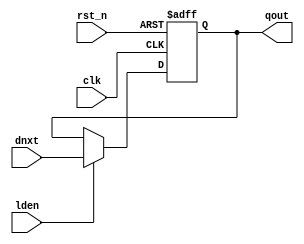
/*                                                                      
 Copyright 2018-2020 Nuclei System Technology, Inc.                
                                                                         
 Licensed under the Apache License, Version 2.0 (the "License");         
 you may not use this file except in compliance with the License.        
 You may obtain a copy of the License at                                 
                                                                         
     http://www.apache.org/licenses/LICENSE-2.0                          
                                                                         
  Unless required by applicable law or agreed to in writing, software    
 distributed under the License is distributed on an "AS IS" BASIS,       
 WITHOUT WARRANTIES OR CONDITIONS OF ANY KIND, either express or implied.
 See the License for the specific language governing permissions and     
 limitations under the License.                                          
 */                                                                      

module sirv_gnrl_dfflrs # (
  parameter DW = 32
) (

  input               lden, 
  input      [DW-1:0] dnxt,
  output     [DW-1:0] qout,

  input               clk,
  input               rst_n
);

reg [DW-1:0] qout_r;

always @(posedge clk or negedge rst_n)
begin : DFFLRS_PROC
  if (rst_n == 1'b0)
    qout_r <= {DW{1'b1}};
  else if (lden == 1'b1)
    qout_r <= #1 dnxt;
end

assign qout = qout_r;

endmodule
// ===========================================================================
//
// Description:
//  Verilog module sirv_gnrl DFF with Load-enable and Reset
//  Default reset value is 0
//
// ===========================================================================

module sirv_gnrl_dfflr # (
  parameter DW = 32
) (

  input               lden, 
  input      [DW-1:0] dnxt,
  output     [DW-1:0] qout,

  input               clk,
  input               rst_n
);

reg [DW-1:0] qout_r;

always @(posedge clk or negedge rst_n)
begin : DFFLR_PROC
  if (rst_n == 1'b0)
    qout_r <= {DW{1'b0}};
  else if (lden == 1'b1)
    qout_r <= #1 dnxt;
end

assign qout = qout_r;

endmodule
// ===========================================================================
//
// Description:
//  Verilog module sirv_gnrl DFF with Load-enable, no reset 
//
// ===========================================================================

module sirv_gnrl_dffl # (
  parameter DW = 32
) (

  input               lden, 
  input      [DW-1:0] dnxt,
  output     [DW-1:0] qout,

  input               clk 
);

reg [DW-1:0] qout_r;

always @(posedge clk)
begin : DFFL_PROC
  if (lden == 1'b1)
    qout_r <= #1 dnxt;
end

assign qout = qout_r;
    

endmodule
// ===========================================================================
//
// Description:
//  Verilog module sirv_gnrl DFF with Reset, no load-enable
//  Default reset value is 1
//
// ===========================================================================

module sirv_gnrl_dffrs # (
  parameter DW = 32
) (

  input      [DW-1:0] dnxt,
  output     [DW-1:0] qout,

  input               clk,
  input               rst_n
);

reg [DW-1:0] qout_r;

always @(posedge clk or negedge rst_n)
begin : DFFRS_PROC
  if (rst_n == 1'b0)
    qout_r <= {DW{1'b1}};
  else                  
    qout_r <= #1 dnxt;
end

assign qout = qout_r;

endmodule
// ===========================================================================
//
// Description:
//  Verilog module sirv_gnrl DFF with Reset, no load-enable
//  Default reset value is 0
//
// ===========================================================================

module sirv_gnrl_dffr # (
  parameter DW = 32
) (

  input      [DW-1:0] dnxt,
  output     [DW-1:0] qout,

  input               clk,
  input               rst_n
);

reg [DW-1:0] qout_r;

always @(posedge clk or negedge rst_n)
begin : DFFR_PROC
  if (rst_n == 1'b0)
    qout_r <= {DW{1'b0}};
  else                  
    qout_r <= #1 dnxt;
end

assign qout = qout_r;

endmodule
// ===========================================================================
//
// Description:
//  Verilog module for general latch 
//
// ===========================================================================

module sirv_gnrl_ltch # (
  parameter DW = 32
) (

  //input               test_mode,
  input               lden, 
  input      [DW-1:0] dnxt,
  output     [DW-1:0] qout
);

reg [DW-1:0] qout_r;

always @ * 
begin : LTCH_PROC
  if (lden == 1'b1)
    qout_r <= dnxt;
end

//assign qout = test_mode ? dnxt : qout_r;
assign qout = qout_r;
    

endmodule